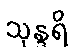
သုန္ဒရိ